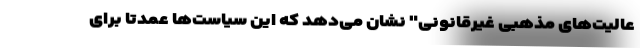
عالیت‌های مذهبی غیرقانونی" نشان می‌دهد که این سیاست‌ها عمدتا برای